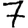
Digit: 7